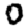
Digit: 0